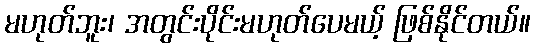
မဟုတ်ဘူး၊ အတွင်းပိုင်းမဟုတ်ပေမယ့် ဖြစ်နိုင်တယ်။